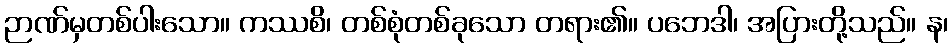
ဉာဏ်မှတစ်ပါးသော။ ကဿစိ၊ တစ်စုံတစ်ခုသော တရား၏။ ပဘေဒါ၊ အပြားတို့သည်။ န၊